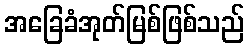
အခြေခံအုတ်မြစ်ဖြစ်သည်